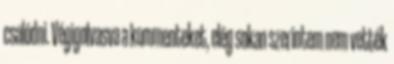
csalódni. Végigolvasva a kommenteket, elég sokan szerintem nem vették